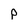
Character: P